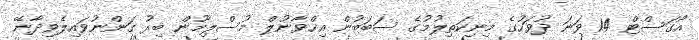
އޯގަސްޓް 14 ވަނަ ދުވަހުގެ މިނިކަތިލުމުގެ ސަބަބުން އިޚްވާނުލް މުސްލިމޫން ބިރު ގަންނުވައިލެވިދާނޭ